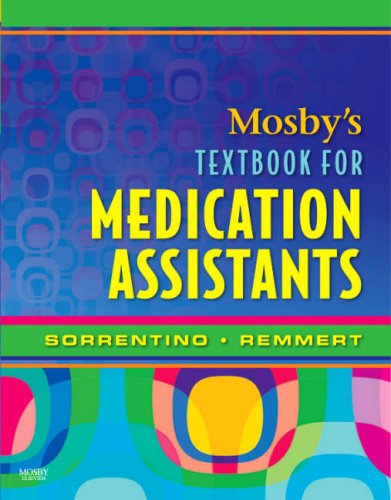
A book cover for Mosby's Textbook for Medication Assistants, 1e; Sheila A. Sorrentino PhD  RN; Medical Books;